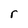
Character: r